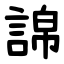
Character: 䛲